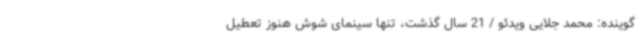
گوینده: محمد جلایی ویدئو / 21 سال گذشت، تنها سینمای شوش هنوز تعطیل